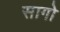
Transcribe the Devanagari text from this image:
सागो